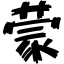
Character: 蒙